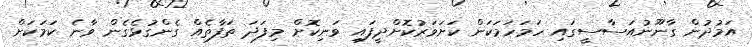
އަމުދުން ގާނޫނުއަސާސީގައި ހަމަހަމަކަން ކަށަވަރުކޮށްދީފައި ވަނިކޮށް މިފަދަ ތަފާތެއް ގެންގުޅެގެން ވާނެ ކަމަކަށް